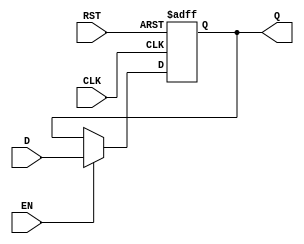
module stage_register #(
    parameter WIDTH = 8 // Define the width of the register
)(
    input  wire [WIDTH-1:0] D,     // Data input
    input  wire CLK,                // Clock input
    input  wire RST,                // Reset input
    input  wire EN,                 // Enable input (optional)
    output reg  [WIDTH-1:0] Q       // Data output
);

// Asynchronous reset implementation
always @(posedge CLK or posedge RST) begin
    if (RST) begin
        Q <= {WIDTH{1'b0}}; // Reset to zero
    end else if (EN) begin
        Q <= D; // Capture data on clock edge if enabled
    end
end

endmodule